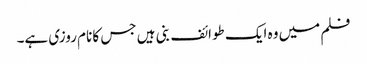
فلم میں وہ ایک طوائف بنی ہیں جس کا نام روزی ہے۔